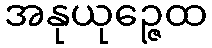
အနုယုဉ္ဇေထ